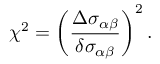
\chi ^ { 2 } = \left( \frac { \Delta \sigma _ { \alpha \beta } } { \delta \sigma _ { \alpha \beta } } \right) ^ { 2 } .